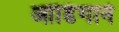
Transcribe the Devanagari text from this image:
ओडिंगाने